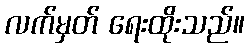
လက်မှတ် ရေးထိုးသည်။